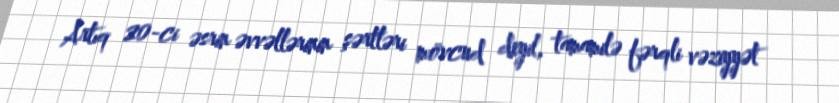
Artıq 20-ci əsrin əvvəllərinin şərtləri mövcud deyil, tamamilə fərqli vəziyyət